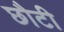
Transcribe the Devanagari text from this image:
छौटी